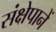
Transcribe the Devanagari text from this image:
संक्षेपानें